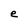
Character: e